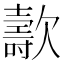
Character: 𣤫